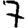
Digit: 7